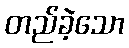
တည်ခဲ့သော